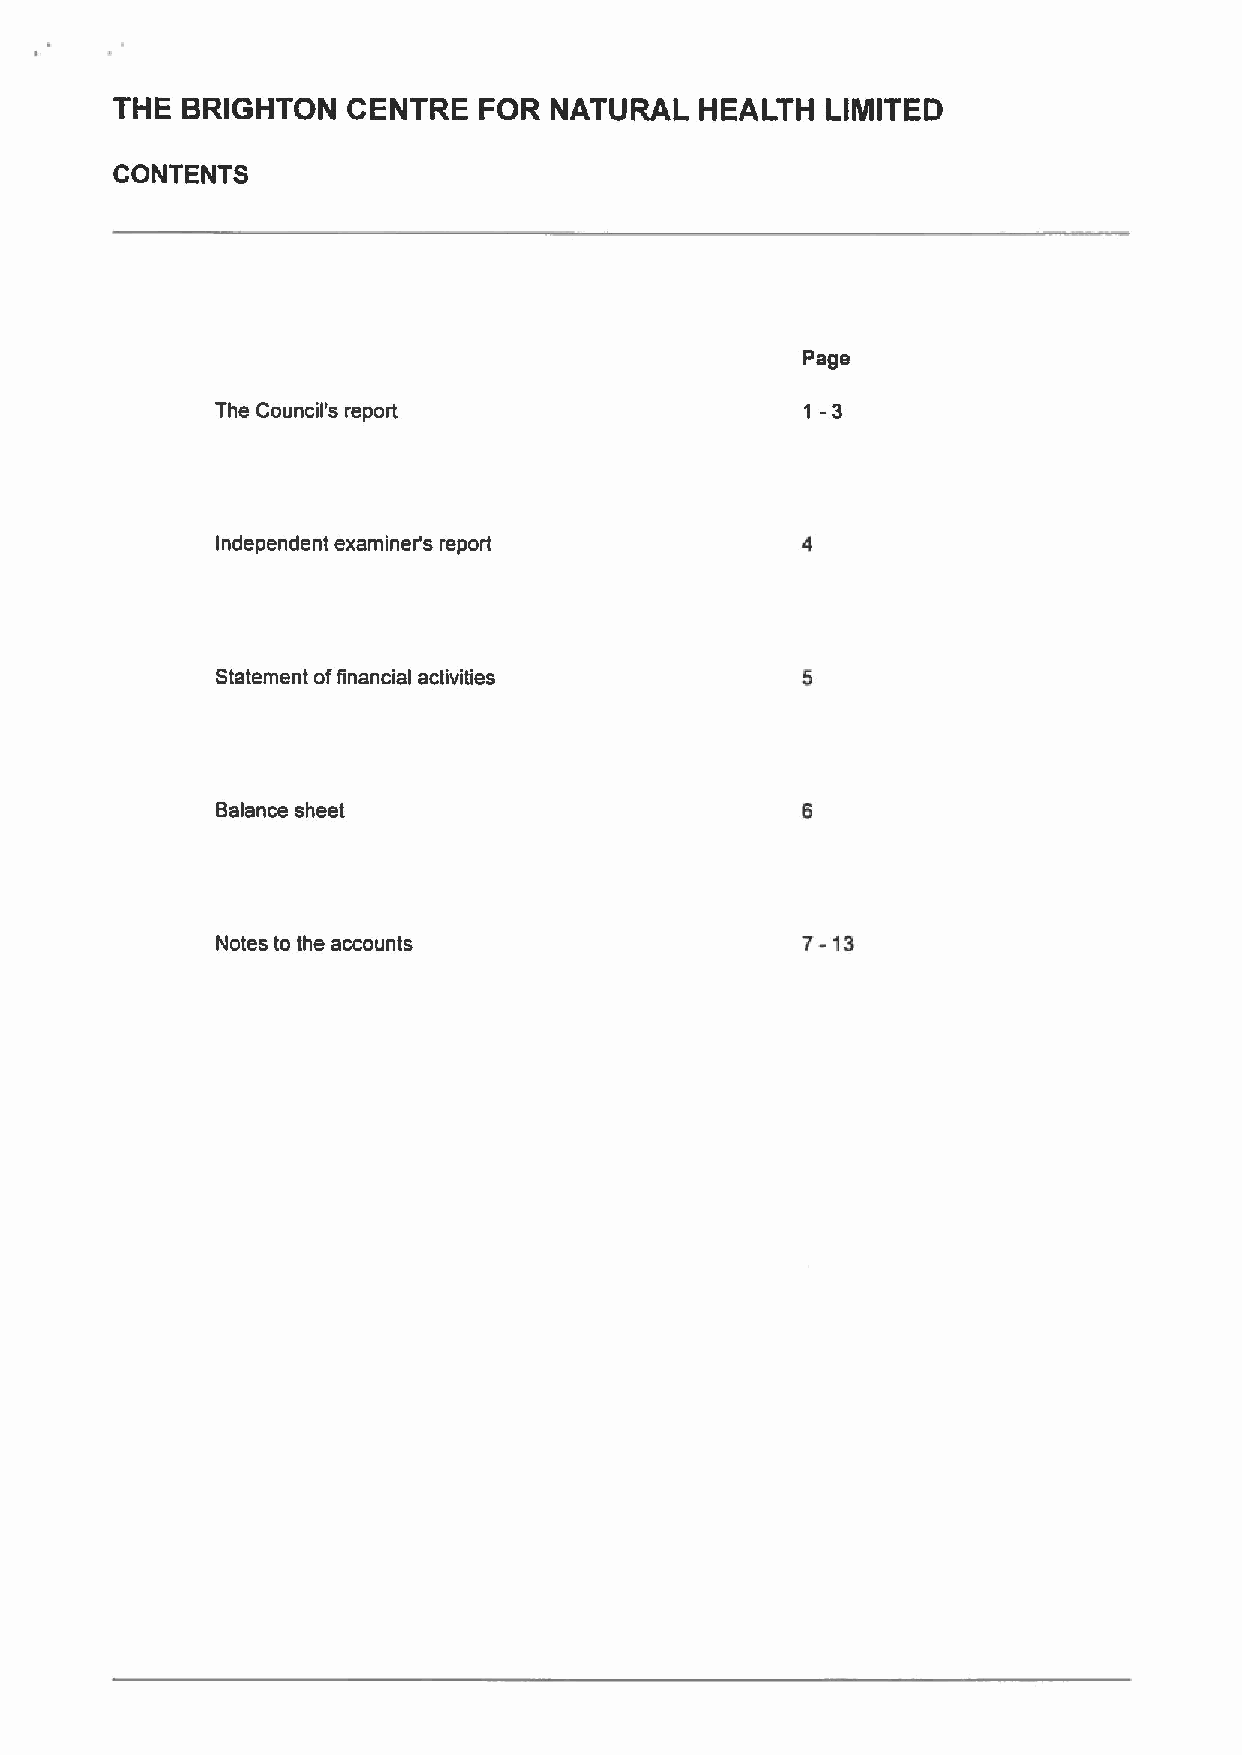
THE  BRIGHTON   CENTRE   FOR NATURAL   HEALTH   LIMITED
 CONTENTS
 Page
 1-3
 The Council's report
 Independent examiner's report
 Statement offinancial activities
 Balance sheet
 7-13
 Notes to the accounts